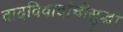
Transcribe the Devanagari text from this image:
वादविवादांचीसुद्धा